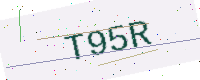
Text: T95R